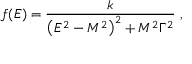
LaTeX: f ( E ) = { \frac { k } { \left( E ^ { 2 } - M ^ { 2 } \right) ^ { 2 } + M ^ { 2 } \Gamma ^ { 2 } } } ~ ,